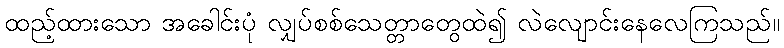
ထည့်ထားသော အခေါင်းပုံ လျှပ်စစ်သေတ္တာတွေထဲ၍ လဲလျောင်းနေလေကြသည်။